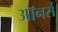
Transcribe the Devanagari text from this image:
अाॅनर्स